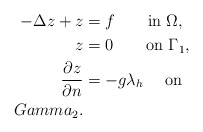
\begin{align*} -\Delta z + z &= f \quad\quad{\rm in}\ \Omega,\\z &=0 \quad\quad{\rm on}\ \Gamma_1,\\\frac{\partial z}{\partial n} &= -g\lambda_h \quad\ {\rm on}\\Gamma_2.\end{align*}